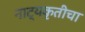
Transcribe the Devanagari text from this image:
नाट्यकृतीचा